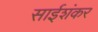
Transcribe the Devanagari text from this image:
साईशंकर